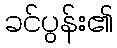
ခင်ပွန်း၏